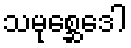
သမုစ္ဆေဒေါ